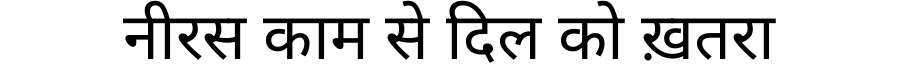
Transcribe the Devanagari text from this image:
नीरस काम से दिल को ख़तरा